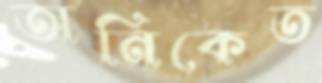
অনিকেত